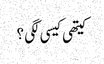
کیتھی کیسی لگی ؟